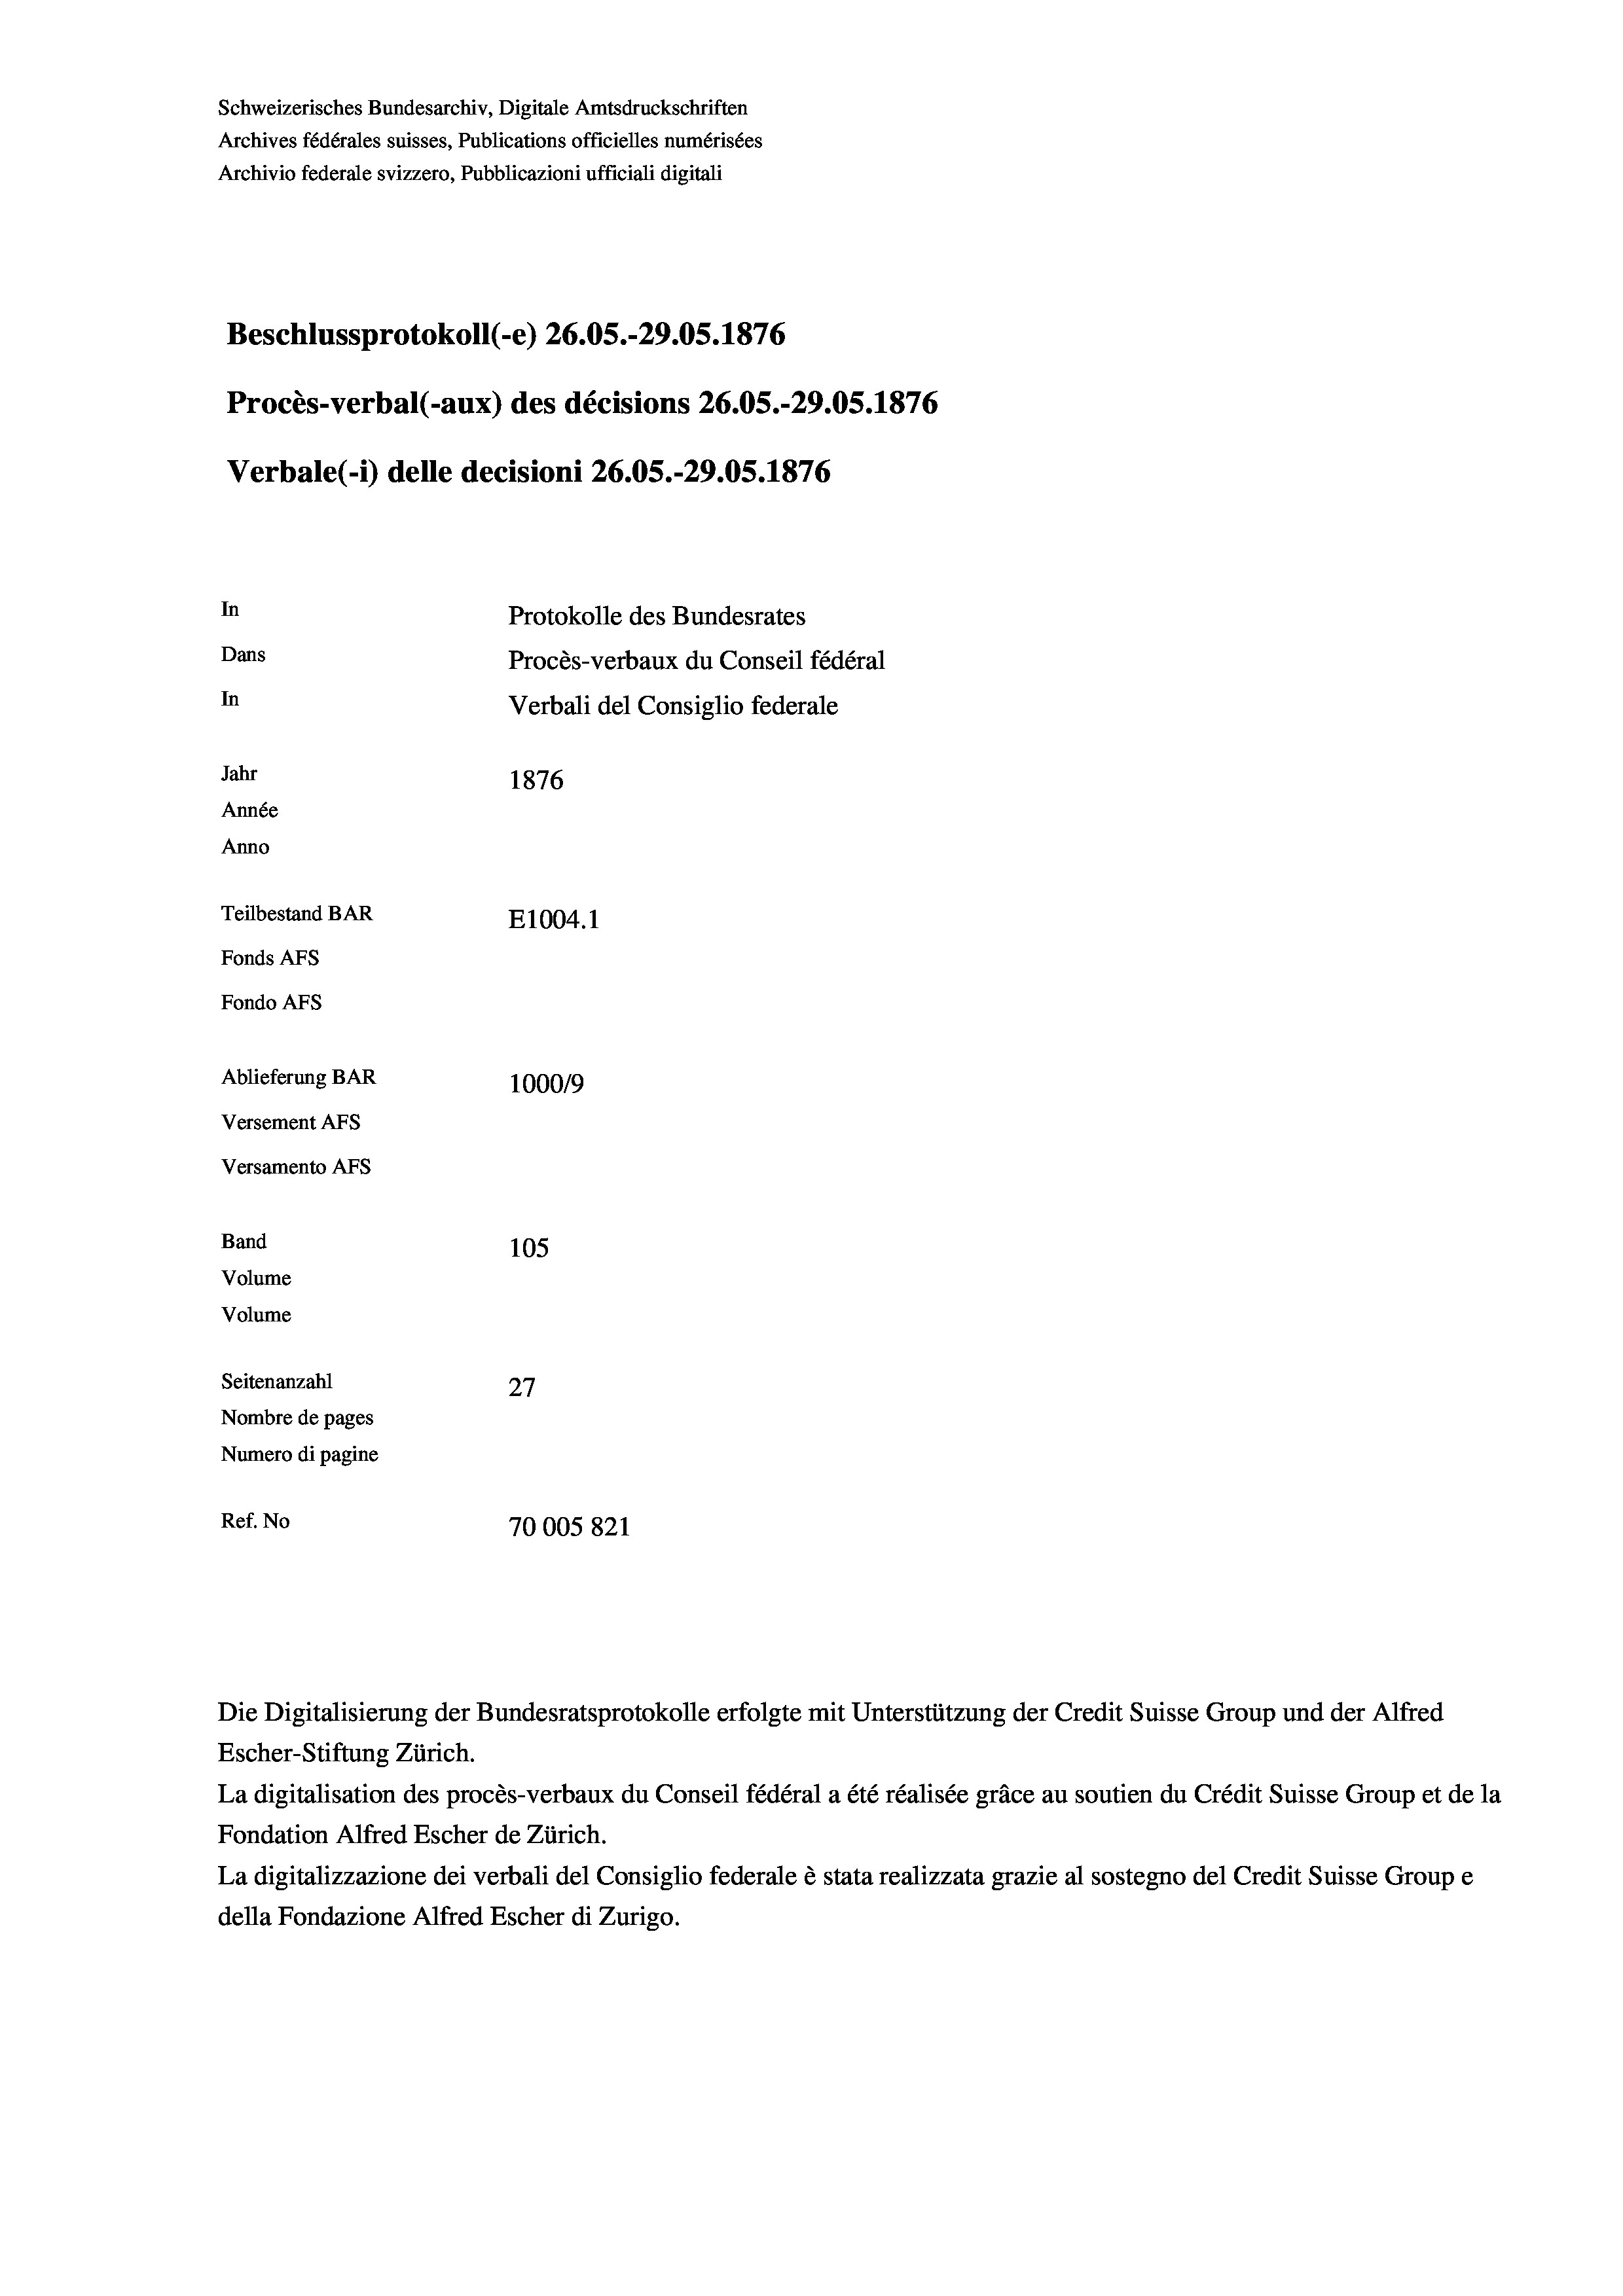
Schweizerisches Bundesarchiv, Digitale Amtsdruckschriften
Archives fédérales suisses, Publications officielles numérisées
Archivio federale svizzero, Pubblicazioni ufficiali digitali
Beschlussprotokoll (-e) 26.05.-29.05. 1876
Procès-verbal (-aux) des décisions 26.05.-29.05. 1876
Verbale (1) delle decisioni 26.05.-29.05. 1876
In
Protokolle des Bundesrates
Dans
Procès-verbaux du Conseil fédéral
In
Verbali del Consiglio federale
Jahr
1876
Année
Anno
Teilbestand BAR
E1004.1
Fonds AFs
Fondo Afs
Ablieferung BAR
100019
Versement AFs
Versamento Afs
Band
105
Volume
Volume
Seitenanzahl
27
Nombre de pages
Numero di pagine
Ref. No
70005821

Escher-Stiftung Zürich.
La digitalisation des procès-verbaux du Conseil fédéral a été réalisée gräce au soutien du Crédit Suisse Group et de la
Fondation Alfred Escher de Zürich.
La digitalizzazione dei verbali del Consiglio federale è stata realizzata grazie al sostegno del Credit Suisse Groupe
della Fondazione Alfred Escher di Zurigo.

Die Digitalisierung der Bundesratsprotokolle erfolgte mit Unterstützung der Credit Suisse Group und der Alfred